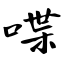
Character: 喋